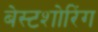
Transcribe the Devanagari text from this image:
बेस्टशोरिंग